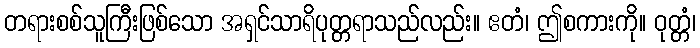
တရားစစ်သူကြီးဖြစ်သော အရှင်သာရိပုတ္တရာသည်လည်း။ ဧတံ၊ ဤစကားကို။ ဝုတ္တံ၊